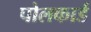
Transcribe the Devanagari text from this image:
पोलकार्ड